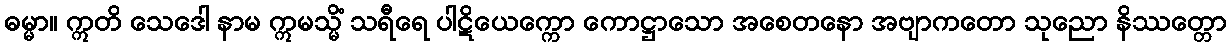
ဓမ္မာ။ ဣတိ သေဒေါ နာမ ဣမသ္မိံ သရီရေ ပါဋိယေက္ကော ကောဋ္ဌာသော အစေတနော အဗျာကတော သုညော နိဿတ္တော